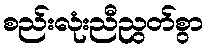
စည်းလုံးညီညွတ်စွာ